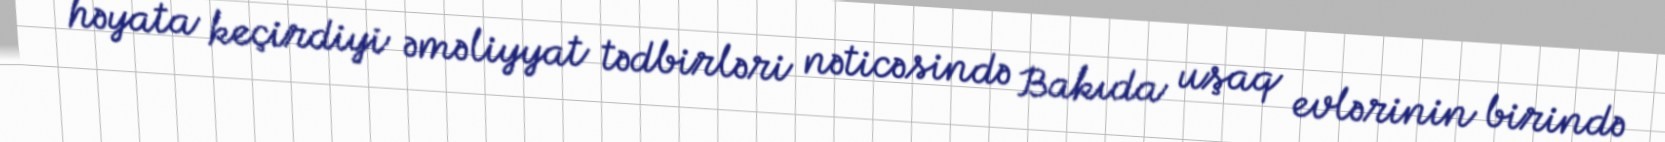
həyata keçirdiyi əməliyyat tədbirləri nəticəsində Bakıda uşaq evlərinin birində